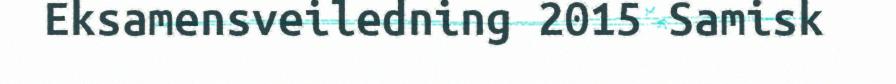
Eksamensveiledning 2015 Samisk